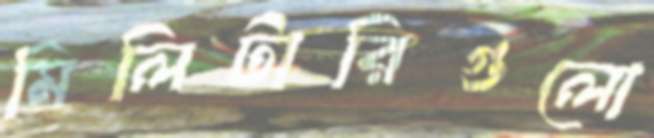
মিলিটারিগুলো